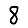
Digit: 8